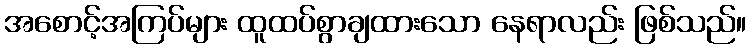
အစောင့်အကြပ်များ ထူထပ်စွာချထားသော နေရာလည်း ဖြစ်သည်။